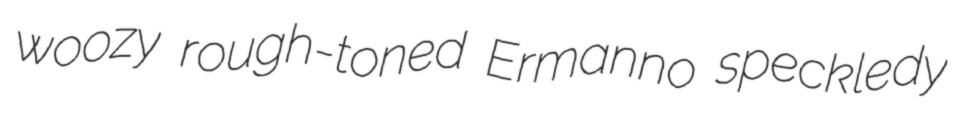
woozy rough-toned Ermanno speckledy